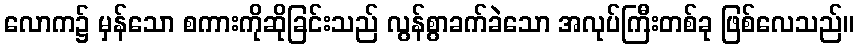
လောက၌ မှန်သော စကားကိုဆိုခြင်းသည် လွန်စွာခက်ခဲသော အလုပ်ကြီးတစ်ခု ဖြစ်လေသည်။